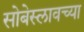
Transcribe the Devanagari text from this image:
सोबेस्लावच्या